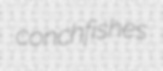
conchfishes